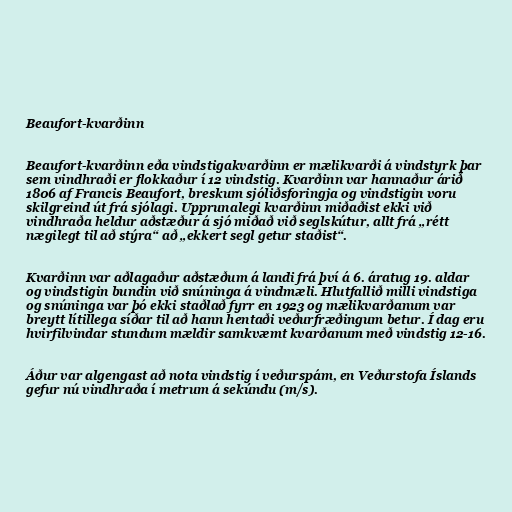
Beaufort-kvarðinn

Beaufort-kvarðinn eða vindstigakvarðinn er mælikvarði á vindstyrk þar
sem vindhraði er flokkaður í 12 vindstig. Kvarðinn var hannaður árið
1806 af Francis Beaufort, breskum sjóliðsforingja og vindstigin voru
skilgreind út frá sjólagi. Upprunalegi kvarðinn miðaðist ekki við
vindhraða heldur aðstæður á sjó miðað við seglskútur, allt frá „rétt
nægilegt til að stýra“ að „ekkert segl getur staðist“.

Kvarðinn var aðlagaður aðstæðum á landi frá því á 6. áratug 19. aldar
og vindstigin bundin við snúninga á vindmæli. Hlutfallið milli vindstiga
og snúninga var þó ekki staðlað fyrr en 1923 og mælikvarðanum var
breytt lítillega síðar til að hann hentaði veðurfræðingum betur. Í dag eru
hvirfilvindar stundum mældir samkvæmt kvarðanum með vindstig 12-16.

Áður var algengast að nota vindstig í veðurspám, en Veðurstofa Íslands
gefur nú vindhraða í metrum á sekúndu (m/s).